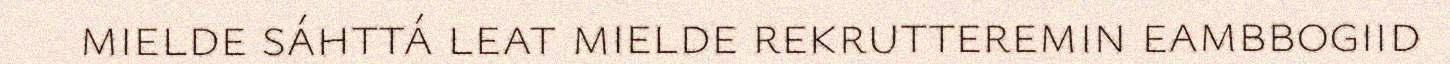
mielde sáhttá leat mielde rekrutteremin eambbogiid